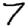
Digit: 7